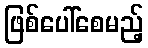
ဖြစ်ပေါ်စေမည့်